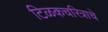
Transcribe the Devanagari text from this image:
टिळकचरित्राचे